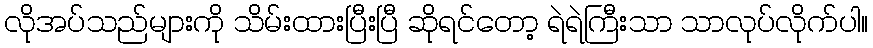
လိုအပ်သည်များကို သိမ်းထားပြီးပြီ ဆိုရင်တော့ ရဲရဲကြီးသာ သာလုပ်လိုက်ပါ။